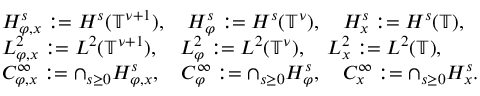
\begin{array} { r l } & { H _ { \varphi , x } ^ { s } : = H ^ { s } ( \mathbb { T } ^ { \nu + 1 } ) , \quad H _ { \varphi } ^ { s } : = H ^ { s } ( \mathbb { T } ^ { \nu } ) , \quad H _ { x } ^ { s } : = H ^ { s } ( \mathbb { T } ) , } \\ & { L _ { \varphi , x } ^ { 2 } : = L ^ { 2 } ( \mathbb { T } ^ { \nu + 1 } ) , \quad L _ { \varphi } ^ { 2 } : = L ^ { 2 } ( \mathbb { T } ^ { \nu } ) , \quad L _ { x } ^ { 2 } : = L ^ { 2 } ( \mathbb { T } ) , } \\ & { C _ { \varphi , x } ^ { \infty } : = \cap _ { s \ge 0 } H _ { \varphi , x } ^ { s } , \quad C _ { \varphi } ^ { \infty } : = \cap _ { s \ge 0 } H _ { \varphi } ^ { s } , \quad C _ { x } ^ { \infty } : = \cap _ { s \ge 0 } H _ { x } ^ { s } . } \end{array}